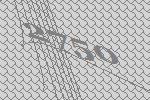
2750